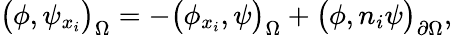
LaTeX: \big(\phi,\psi_{x_{i}}\big)_{\Omega}=-\big(\phi_{x_{i}},\psi\big)_{\Omega}+\big(\phi,n_{i}\psi\big)_{\partial\Omega},